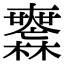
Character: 𣠮